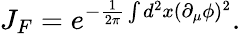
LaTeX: J_{F}=e^{-\frac{1}{2\pi}\int d^{2}x(\partial_{\mu}\phi)^{2}}.